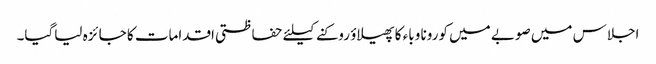
اجلاس میں صوبے میں کورونا وباء کا پھیلاؤ روکنے کیلئے حفاظتی اقدامات کا جا ئزہ لیاگیا۔